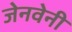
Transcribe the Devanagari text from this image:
जेनवेनी